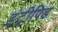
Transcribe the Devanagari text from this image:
इंट्रीपिड